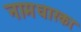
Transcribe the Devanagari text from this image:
नामधारकाः